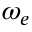
\omega _ { e }